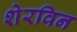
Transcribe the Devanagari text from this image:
शेरविन